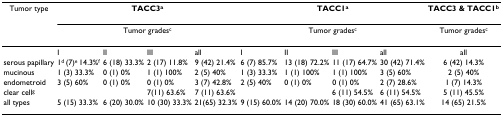
<table><thead><tr><td><b>Tumor type</b></td><td colspan="4"><b>TACC3<sup>a</sup></b></td><td colspan="4"><b>TACC1<sup>a</sup></b></td><td><b>TACC3 &amp; TACC1<sup>b</sup></b></td></tr><tr><td></td><td colspan="4"><b>Tumor grades<sup>c</sup></b></td><td colspan="4"><b>Tumor grades<sup>c</sup></b></td><td><b>Tumor grades<sup>c</sup></b></td></tr></thead><tbody><tr><td></td><td>I</td><td>II</td><td>III</td><td>all</td><td>I</td><td>II</td><td>III</td><td>all</td><td>all</td></tr><tr><td>serous papillary</td><td>1<sup>d </sup>(7)<sup>e </sup>14.3%<sup>f</sup></td><td>6 (18) 33.3%</td><td>2 (17) 11.8%</td><td>9 (42) 21.4%</td><td>6 (7) 85.7%</td><td>13 (18) 72.2%</td><td>11 (17) 64.7%</td><td>30 (42) 71.4%</td><td>6 (42) 14.3%</td></tr><tr><td>mucinous</td><td>1 (3) 33.3%</td><td>0 (1) 0%</td><td>1 (1) 100%</td><td>2 (5) 40%</td><td>1 (3) 33.3%</td><td>1 (1) 100%</td><td>1 (1) 100%</td><td>3 (5) 60%</td><td>2 (5) 40%</td></tr><tr><td>endometroid</td><td>3 (5) 60%</td><td>0 (1) 0%</td><td>0 (1) 0%</td><td>3 (7) 42.8%</td><td>2 (5) 40%</td><td>0 (1) 0%</td><td>0 (1) 0%</td><td>2 (7) 28.6%</td><td>1 (7) 14.3%</td></tr><tr><td>clear cell<sup>g</sup></td><td></td><td></td><td>7(11) 63.6%</td><td>7 (11) 63.6%</td><td></td><td></td><td>6 (11) 54.5%</td><td>6 (11) 54.5%</td><td>5 (11) 45.5%</td></tr><tr><td>all types</td><td>5 (15) 33.3%</td><td>6 (20) 30.0%</td><td>10 (30) 33.3%</td><td>21(65) 32.3%</td><td>9 (15) 60.0%</td><td>14 (20) 70.0%</td><td>18 (30) 60.0%</td><td>41 (65) 63.1%</td><td>14 (65) 21.5%</td></tr></tbody></table>